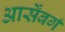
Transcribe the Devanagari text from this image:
आर्सेंबर्ग